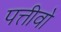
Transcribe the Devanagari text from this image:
पत्तीवो